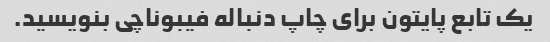
یک تابع پایتون برای چاپ دنباله فیبوناچی بنویسید.